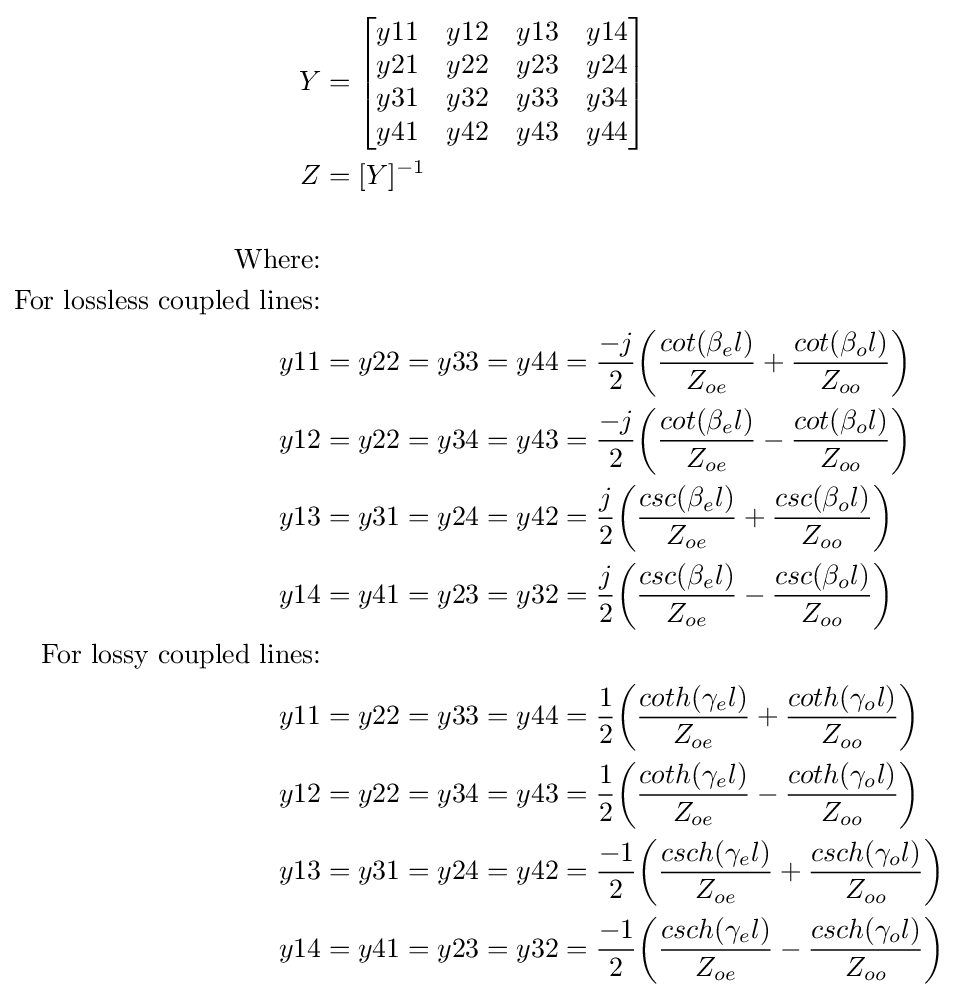
{\begin{aligned}Y&={\begin{bmatrix}y11&y12&y13&y14\\y21&y22&y23&y24\\y31&y32&y33&y34\\y41&y42&y43&y44\\\end{bmatrix}}\\Z&=[Y]^{-1}\\&\\{\text{Where:}}&\\{\text{For lossless coupled lines:}}&\\y11&=y22=y33=y44={\frac {-j}{2}}{\bigg (}{\frac {cot(\beta _{e}l)}{Z_{oe}}}+{\frac {cot(\beta _{o}l)}{Z_{oo}}}{\bigg )}\\y12&=y22=y34=y43={\frac {-j}{2}}{\bigg (}{\frac {cot(\beta _{e}l)}{Z_{oe}}}-{\frac {cot(\beta _{o}l)}{Z_{oo}}}{\bigg )}\\y13&=y31=y24=y42={\frac {j}{2}}{\bigg (}{\frac {csc(\beta _{e}l)}{Z_{oe}}}+{\frac {csc(\beta _{o}l)}{Z_{oo}}}{\bigg )}\\y14&=y41=y23=y32={\frac {j}{2}}{\bigg (}{\frac {csc(\beta _{e}l)}{Z_{oe}}}-{\frac {csc(\beta _{o}l)}{Z_{oo}}}{\bigg )}\\{\text{For lossy coupled lines:}}&\\y11&=y22=y33=y44={\frac {1}{2}}{\bigg (}{\frac {coth(\gamma _{e}l)}{Z_{oe}}}+{\frac {coth(\gamma _{o}l)}{Z_{oo}}}{\bigg )}\\y12&=y22=y34=y43={\frac {1}{2}}{\bigg (}{\frac {coth(\gamma _{e}l)}{Z_{oe}}}-{\frac {coth(\gamma _{o}l)}{Z_{oo}}}{\bigg )}\\y13&=y31=y24=y42={\frac {-1}{2}}{\bigg (}{\frac {csch(\gamma _{e}l)}{Z_{oe}}}+{\frac {csch(\gamma _{o}l)}{Z_{oo}}}{\bigg )}\\y14&=y41=y23=y32={\frac {-1}{2}}{\bigg (}{\frac {csch(\gamma _{e}l)}{Z_{oe}}}-{\frac {csch(\gamma _{o}l)}{Z_{oo}}}{\bigg )}\\\end{aligned}}